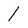
Character: l